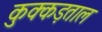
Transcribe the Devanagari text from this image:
कुक्कड़ताल